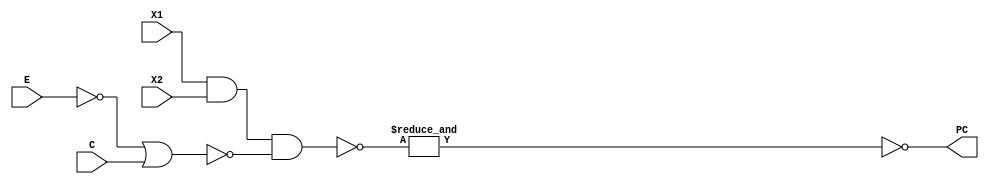
// Priority C

module M3(X1, X2, C, E, PC);

input[8:0] X1, X2, C, E;
output PC;

wire [8:0] w1, w2, w3;

assign w1 = ~E;
assign w2 = ~(w1 | C);
assign w3 = ~(X1 & X2 & w2);
assign PC = ~&w3;

endmodule